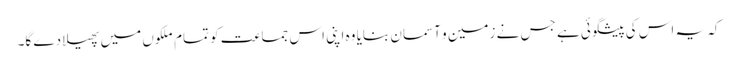
کہ یہ اس کی پیشگوئی ہے جس نے زمین و آسمان بنایا وہ اپنی اس جماعت کو تمام ملکوں میں پھیلا دے گا۔